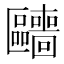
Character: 𱑍